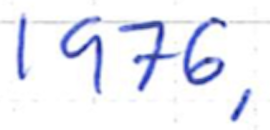
Text: 1976,
Cross-out: clean
Writing tool: ballpoint